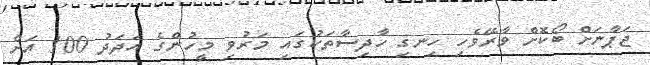
ޖަޕާނަށް ބޯކޮށް ވާރޭވެހި ހިނގި ހާދިސާތަކުގައި މަރުވި މީހުންގެ އަދަދު 100 އަށް